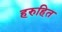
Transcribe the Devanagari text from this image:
हरुहित